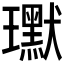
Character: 𭺍